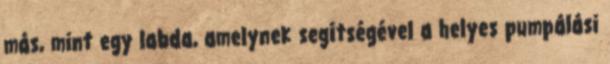
más, mint egy labda, amelynek segítségével a helyes pumpálási